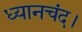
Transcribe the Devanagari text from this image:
ध्यानचंद।